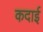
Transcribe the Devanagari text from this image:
कदाई